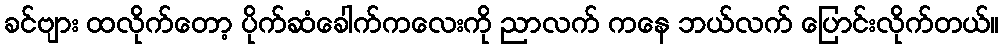
ခင်ဗျား ထလိုက်တော့ ပိုက်ဆံခေါက်ကလေးကို ညာလက် ကနေ ဘယ်လက် ပြောင်းလိုက်တယ်။